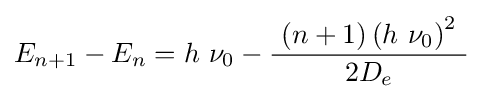
E_{n+1}-E_{n}=h\ \nu _{0}-{\frac {\ \left(n+1\right)\left(h\ \nu _{0}\right)^{2}\ }{2D_{e}}}~